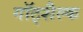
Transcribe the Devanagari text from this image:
गॉट्शैल्क